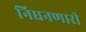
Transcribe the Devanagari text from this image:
निघनणारी